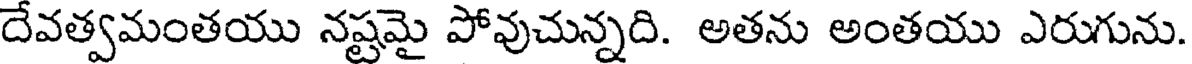
దేవత్వమంతయు నష్టమై పోవుచున్నది. అతను అంతయు ఎరుగును.